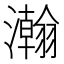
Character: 瀚